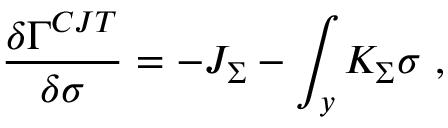
{ \frac { \delta \Gamma ^ { C J T } } { \delta \sigma } } = - J _ { \Sigma } - \int _ { y } K _ { \Sigma } \sigma ~ ,